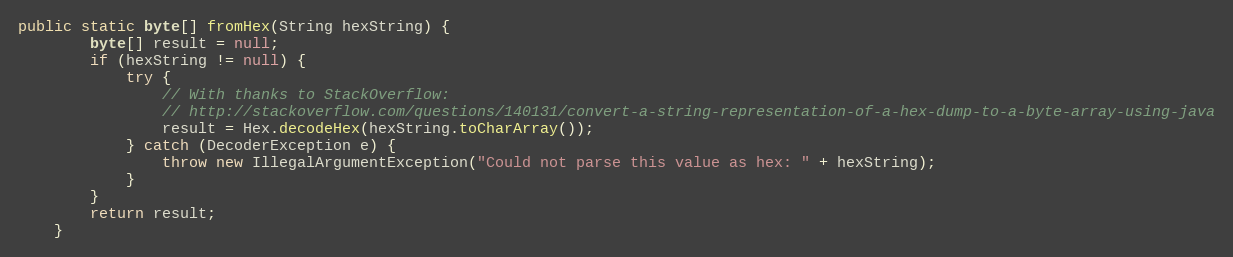
Language: Java
public static byte[] fromHex(String hexString) {
        byte[] result = null;
        if (hexString != null) {
            try {
                // With thanks to StackOverflow:
                // http://stackoverflow.com/questions/140131/convert-a-string-representation-of-a-hex-dump-to-a-byte-array-using-java
                result = Hex.decodeHex(hexString.toCharArray());
            } catch (DecoderException e) {
                throw new IllegalArgumentException("Could not parse this value as hex: " + hexString);
            }
        }
        return result;
    }